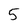
Character: 5